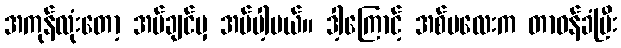
အကုန်လုံးတော့ အပ်ချင်မှ အပ်ပါ့မယ်။ ဒါ့ကြောင့် အစ်မလေးက တာဝန်ခံပြီး